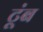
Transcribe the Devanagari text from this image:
टूंब